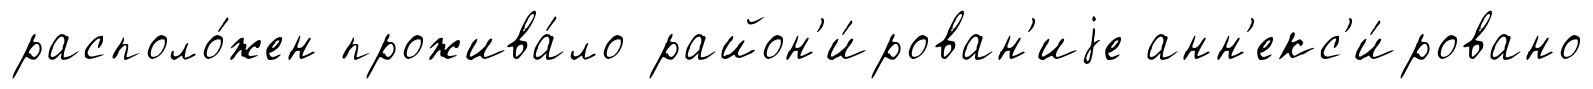
располо́жен прожива́ло район'и́рован'иjе анн'екс'и́ровано